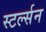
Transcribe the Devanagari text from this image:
स्टर्ल्सन